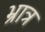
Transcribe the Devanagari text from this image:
भ्रात्र